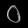
Digit: ၀